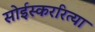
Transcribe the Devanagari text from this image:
सोईस्कररित्या